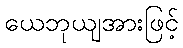
ယေဘုယျအားဖြင့်